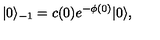
| 0 \rangle _ { - 1 } = c ( 0 ) e ^ { - \phi ( 0 ) } | 0 \rangle ,